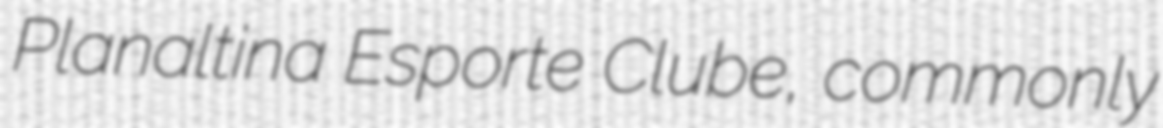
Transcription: Planaltina Esporte Clube, commonly